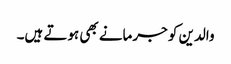
والدین کو جرمانے بھی ہوتے ہیں۔